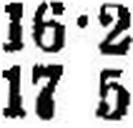
17 5